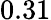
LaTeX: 0.31